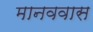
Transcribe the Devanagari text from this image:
मानववास